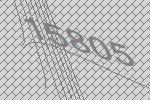
15805